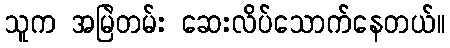
သူက အမြဲတမ်း ဆေးလိပ်သောက်နေတယ်။